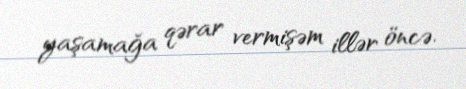
yaşamağa qərar vermişəm illər öncə.